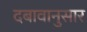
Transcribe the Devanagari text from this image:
दबावानुसार